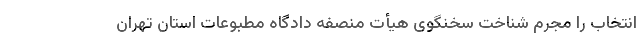
انتخاب را مجرم شناخت سخنگوی هیأت منصفه دادگاه مطبوعات استان تهران